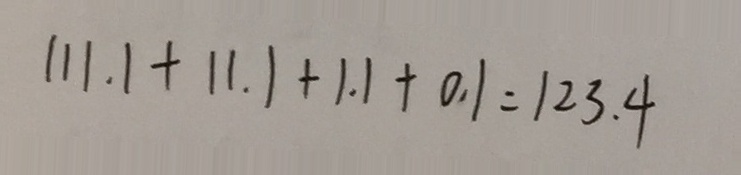
1 1 1 . 1 + 1 1 . 1 + 1 . 1 + 0 . 1 = 1 2 3 . 4